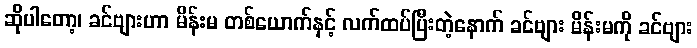
ဆိုပါတော့၊ ခင်ဗျားဟာ မိန်းမ တစ်ယောက်နှင့် လက်ထပ်ပြီးတဲ့နောက် ခင်ဗျား မိန်းမကို ခင်ဗျား